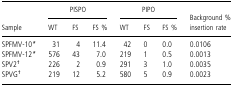
<table><thead><tr><td rowspan="2"><b>Sample</b></td><td colspan="3"><b>PISPO</b></td><td colspan="3"><b>PIPO</b></td><td rowspan="2"><b>Background % insertion rate</b></td></tr><tr><td><b>WT</b></td><td><b>FS</b></td><td><b>FS %</b></td><td><b>WT</b></td><td><b>FS</b></td><td><b>FS %</b></td></tr></thead><tbody><tr><td>SPFMV‐10*</td><td>31</td><td>4</td><td>11.4</td><td>42</td><td>0</td><td>0.0</td><td>0.0106</td></tr><tr><td>SPFMV‐12*</td><td>576</td><td>43</td><td>7.0</td><td>219</td><td>1</td><td>0.5</td><td>0.0013</td></tr><tr><td>SPV2<sup>†</sup></td><td>226</td><td>2</td><td>0.9</td><td>291</td><td>3</td><td>1.0</td><td>0.0035</td></tr><tr><td>SPVG<sup>†</sup></td><td>219</td><td>12</td><td>5.2</td><td>580</td><td>5</td><td>0.9</td><td>0.0023</td></tr></tbody></table>